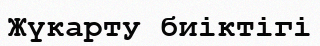
Жүкарту биіктігі